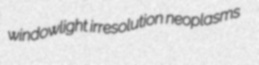
windowlight irresolution neoplasms